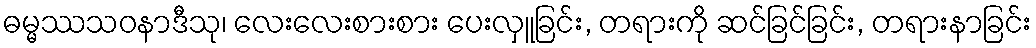
ဓမ္မဿသဝနာဒီသု၊ လေးလေးစားစား ပေးလှူခြင်း, တရားကို ဆင်ခြင်ခြင်း, တရားနာခြင်း